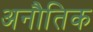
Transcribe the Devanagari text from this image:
अनौतिक